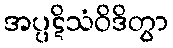
အပ္ပဋိသံဝိဒိတွာ